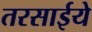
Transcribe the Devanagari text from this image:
तरसाईये